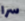
سرا